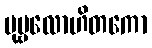
ပုဗ္ဗလောဟိတကော